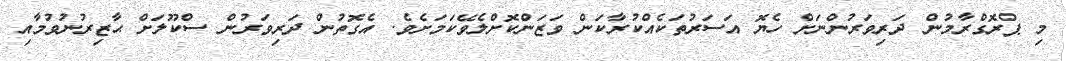
މި ޕްރޮގްރާމުން ދަރިވަރުންނަށް ހެޔޮ އަސަރުތަކެއްކުރާކަން ވަޒަންކޮށްލެވޭކަމަށެވެ. އެގޮތުން ދަރިވަރުން ސްކޫލަށް ޙާޒިރުނުވުމާއި